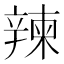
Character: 𨐤